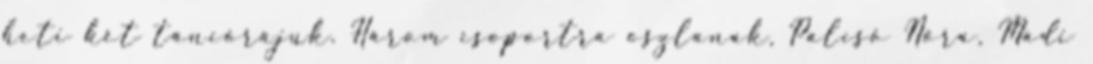
heti két táncórájuk. Három csoportra oszlanak, Palcsó Nóra, Mádi